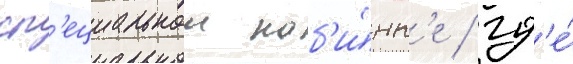
сп'ециальнои каб'и́нк'е / гд'е́